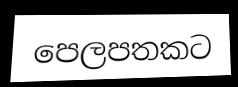
පෙලපතකට